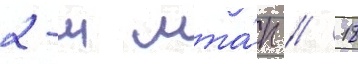
2-м мта́п // 18